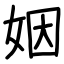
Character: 姻